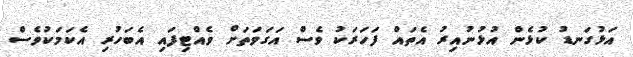
އަޅުގަނޑު ކުޅެން އުޅުނުއިރު އެތައް ފަހަރަކު ވެސް އަގަވަތަށް ވެއްޓިފައި އެބަހުރި އެކަމަކުވެސް